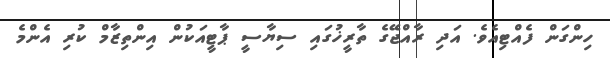
ހިންގަން ފެއްޓިއެވެ. އަދި ރާއްޖޭގެ ތާރީޚުގައި ސިޔާސީ ޕާޓީއަކުން އިންތިޒާމް ކުރި އެންމެ